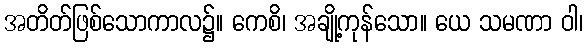
အတိတ်ဖြစ်သောကာလ၌။ ကေစိ၊ အချို့ကုန်သော။ ယေ သမဏာ ဝါ၊